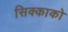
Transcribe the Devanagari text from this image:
सिक्काको